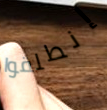
إنطلقوا